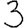
Digit: 3